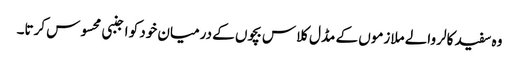
وہ سفید کالر والے ملازموں کے مڈل کلاس بچوں کے درمیان خود کو اجنبی محسوس کرتا۔